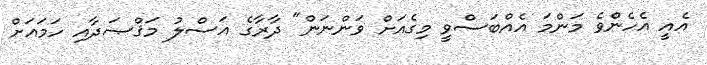
އެއީ އެހެންވެ މަންމަ އެއްބަސްވީ މިގެއަށް ވަންނަން" ދާރާގެ އަސްލު މަޤްޞަދާއި ހަމައަށް